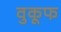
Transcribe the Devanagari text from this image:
वुकूफ